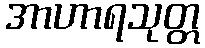
အာဟာရသုတ္တ